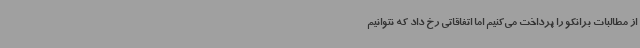
از مطالبات برانکو را پرداخت می‌کنیم اما اتفاقاتی رخ داد که نتوانیم